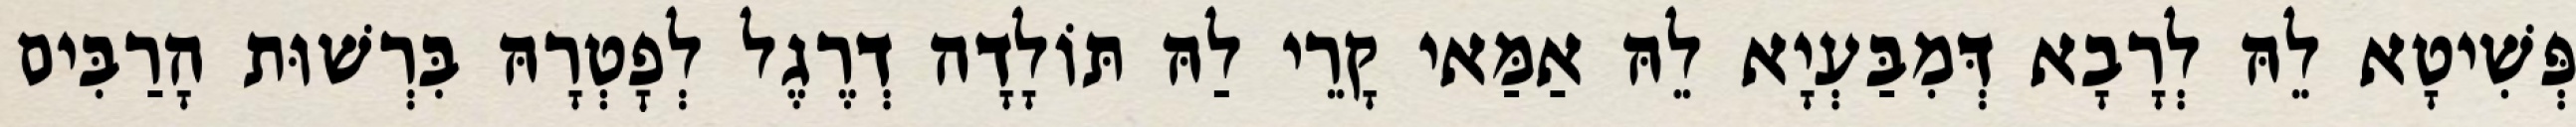
פְּשִׁיטָא לֵהּ לְרָבָא דְּמִבַּעְיָא לֵהּ אַמַּאי קָרֵי לַהּ תּוֹלָדָה דְרֶגֶל לְפׇטְרָהּ בִּרְשׁוּת הָרַבִּים